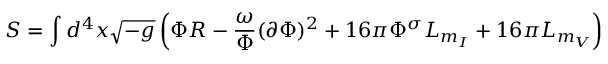
S = \int d ^ { 4 } x \sqrt { - g } \left( \Phi R - \frac { \omega } { \Phi } ( \partial \Phi ) ^ { 2 } + 1 6 \pi \Phi ^ { \sigma } { \cal L } _ { m _ { I } } + 1 6 \pi { \cal L } _ { m _ { V } } \right)